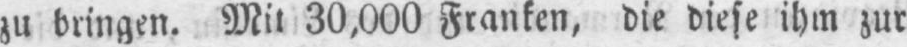
zu bringen. Mit 30,000 Franken, die diese ihm zur